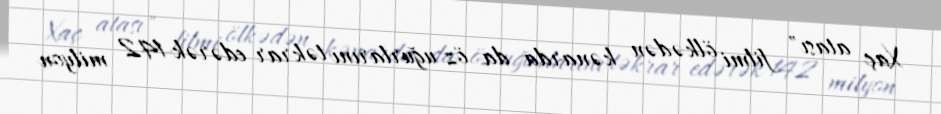
Xaç atası" filmi ölkədən kənarda da öz uğurlarını təkrar edərək 142 milyon